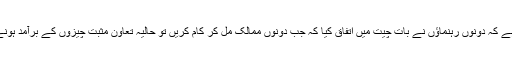
وائٹ ہاؤس کا کہنا ہے کہ دونوں رہنماؤں نے بات چیت میں اتفاق کیا کہ جب دونوں ممالک مل کر کام کریں تو حالیہ تعاون مثبت چیزوں کے برآمد ہونے کی ایک مثال ہے۔